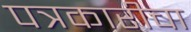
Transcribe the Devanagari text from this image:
पत्रकारीचा